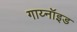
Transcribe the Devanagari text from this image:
गाय्नॉइड